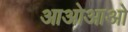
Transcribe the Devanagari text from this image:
आओआओ